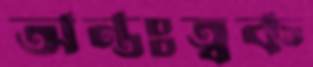
অন্তঃত্বক